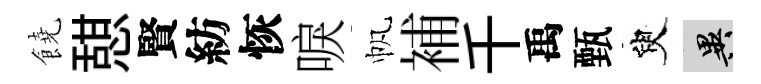
饒憇賢紡恢唳帆補千禹甄臾异